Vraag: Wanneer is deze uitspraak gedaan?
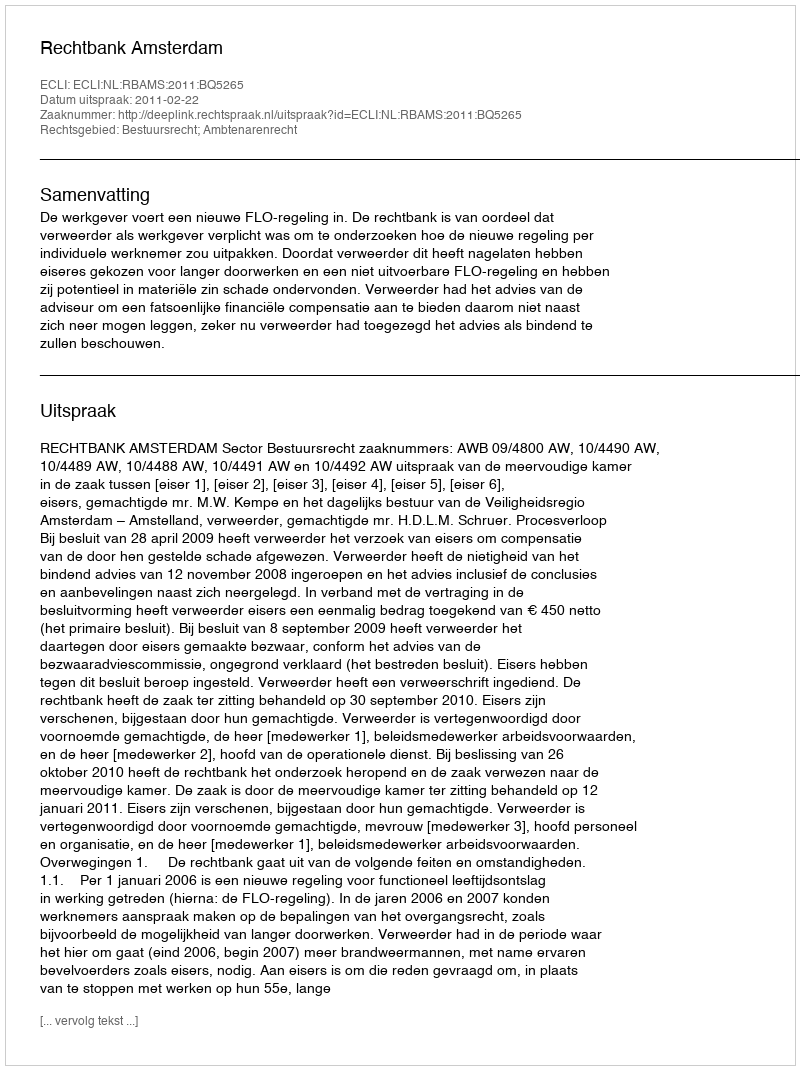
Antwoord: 2011-02-22